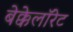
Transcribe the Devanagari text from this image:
बेक्केलॉरेट